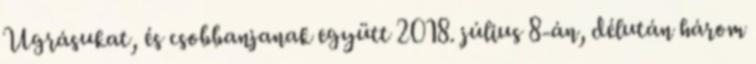
Ugrásukat, és csobbanjanak együtt 2018. július 8-án, délután három